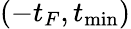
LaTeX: (-t_{F},t_{\mathrm{min}})